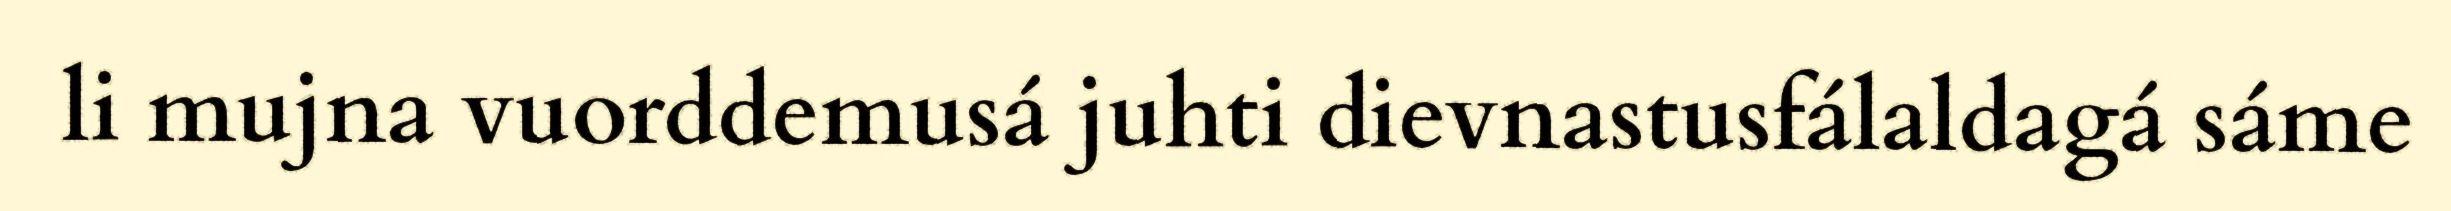
li mujna vuorddemusá juhti dievnastusfálaldagá sáme